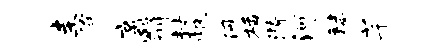
圭侔京翳封帆佩栝漪河秣芊